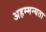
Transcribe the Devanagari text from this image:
अहम्मन्यता